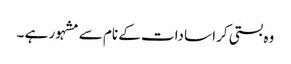
وہ بستی کرا سادات کے نام سے مشہور ہے ۔